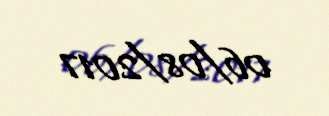
06/08/2017